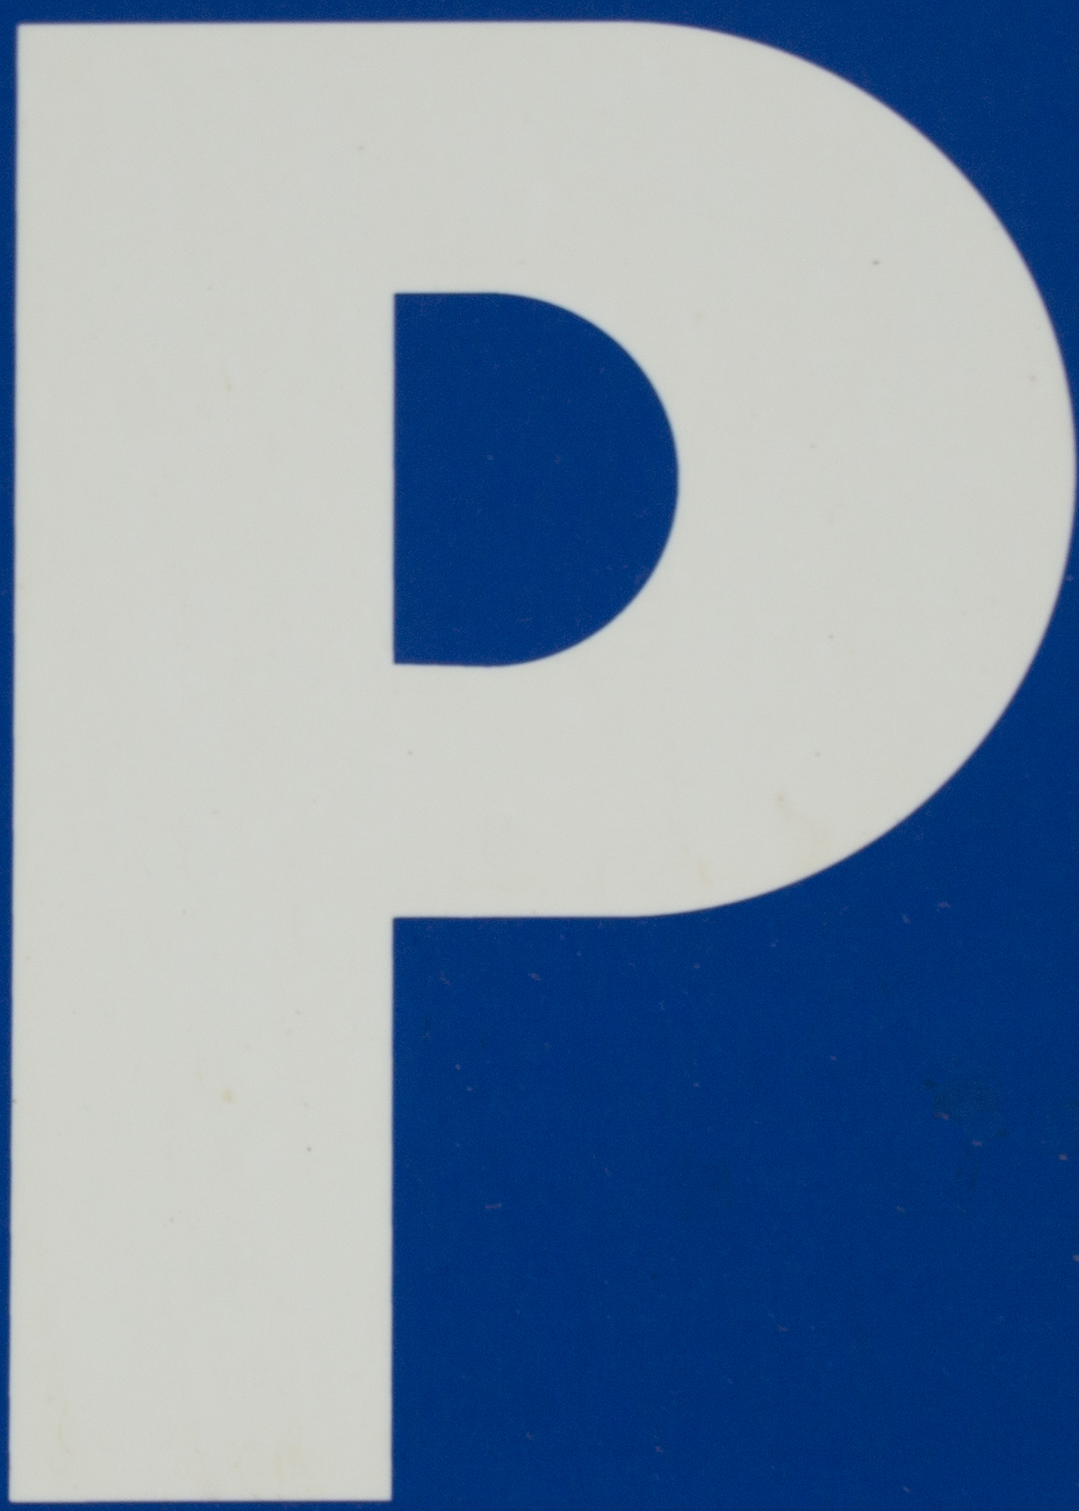
P